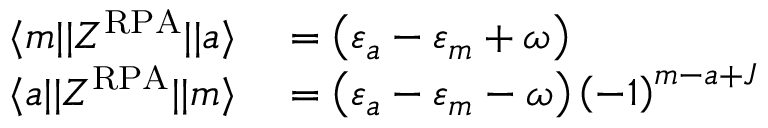
\begin{array} { r l } { \langle m | | Z ^ { \mathrm { R P A } } | | a \rangle } & { { } = \left( \varepsilon _ { a } - \varepsilon _ { m } + \omega \right) } \\ { \langle a | | Z ^ { \mathrm { R P A } } | | m \rangle } & { { } = \left( \varepsilon _ { a } - \varepsilon _ { m } - \omega \right) \left( - 1 \right) ^ { m - a + J } } \end{array}